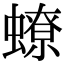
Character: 蟟